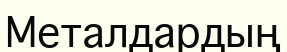
Металдардың